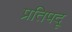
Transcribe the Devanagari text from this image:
प्रतिपदू